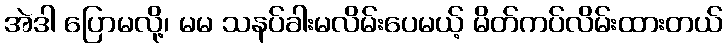
အဲဒါ ပြောမလို့၊ မမ သနပ်ခါးမလိမ်းပေမယ့် မိတ်ကပ်လိမ်းထားတယ်